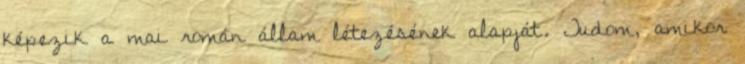
képezik a mai román állam létezésének alapját. Tudom, amikor